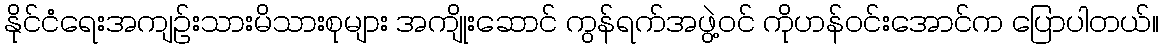
နိုင်ငံရေးအကျဉ်းသားမိသားစုများ အကျိုးဆောင် ကွန်ရက်အဖွဲ့ဝင် ကိုဟန်ဝင်းအောင်က ပြောပါတယ်။